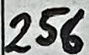
Text: 256